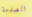
الصدمة